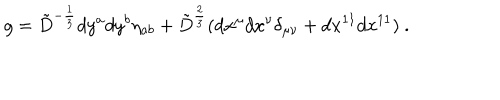
LaTeX: g = { \tilde { D } } ^ { - { \frac { 1 } { 3 } } } d y ^ { a } d y ^ { b } \eta _ { a b } + { \tilde { D } } ^ { { \frac { 2 } { 3 } } } ( d x ^ { \mu } d x ^ { \nu } \delta _ { \mu \nu } + d x ^ { 1 1 } d x ^ { 1 1 } ) \ .